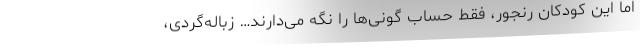
اما این کودکان رنجور، فقط حساب گونی‌ها را نگه می‌دارند… زباله‌گردی،